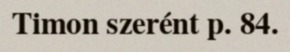
Timon szerént p. 84.